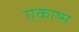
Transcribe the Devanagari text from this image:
एकाष्म